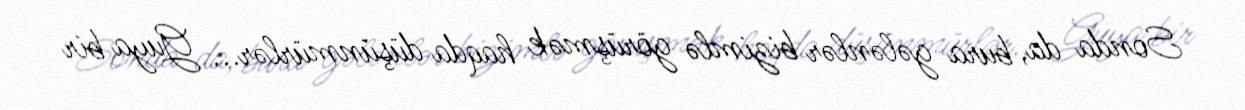
Sonda da, bura gələnlər bizimlə görüşmək haqda düşünmürlər... Guya bir